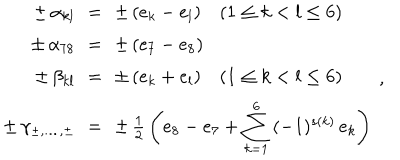
\begin{array} { r c l } { { \pm \, \alpha _ { k l } \! \! } } & { { = } } & { { \! \! \pm \, ( e _ { k } - e _ { l } ) \quad ( 1 \leq k < l \leq 6 ) } } \\ { { \pm \, \alpha _ { 7 8 } \! \! } } & { { = } } & { { \! \! \pm \, ( e _ { 7 } - e _ { 8 } ) } } \\ { { \pm \, \beta _ { k l } \! \! } } & { { = } } & { { \! \! \pm \, ( e _ { k } + e _ { l } ) \quad ( 1 \leq k < l \leq 6 ) } } \\ { { \pm \, \gamma _ { \pm , \dots , \pm } \! \! } } & { { = } } & { { \! \! \pm \, { \frac { 1 } { 2 } } \left( e _ { 8 } - e _ { 7 } + { \displaystyle { \sum _ { k = 1 } ^ { 6 } } } \, ( - 1 ) ^ { s ( k ) } \, e _ { k } \right) } } \\ \end{array} ~ ,